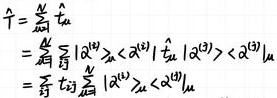
\begin{align*}
\hat{T}&=\sum_{u=1}^{N}\hat{t}_{u}\\
&=\sum_{u}\sum_{j}|\alpha^{(j)}\rangle_{u}\langle\alpha^{(j)}|\sum_{l}|\alpha^{(l)}\rangle\langle\alpha^{(l)}|_{u}\\
&=\sum_{j}t_{ij}\sum_{u}|\alpha^{(j)}\rangle_{u}\langle\alpha^{(j)}|_{u}
\end{align*}